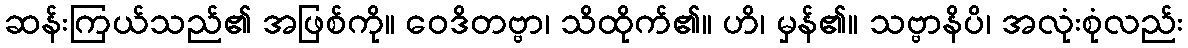
ဆန်းကြယ်သည်၏ အဖြစ်ကို။ ဝေဒိတဗ္ဗာ၊ သိထိုက်၏။ ဟိ၊ မှန်၏။ သဗ္ဗာနိပိ၊ အလုံးစုံလည်း